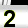
Digit: 2